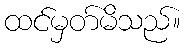
ထင်မှတ်မိသည်။